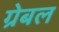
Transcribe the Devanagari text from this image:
ग्रेबल